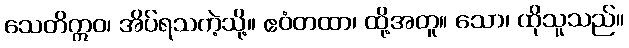
သေတိဣဝ၊ အိပ်ရသကဲ့သို့။ ဧဝံတထာ၊ ထို့အတူ။ သော၊ ထိုသူသည်။